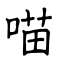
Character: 喵